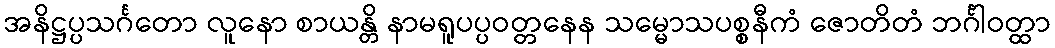
အနိဋ္ဌပ္ပသင်္ဂတော လူနော စာယန္တိ နာမရူပပ္ပဝတ္တနေန သမ္မောသပစ္စနီကံ ဇောတိတံ ဘင်္ဂါဝတ္ထာ